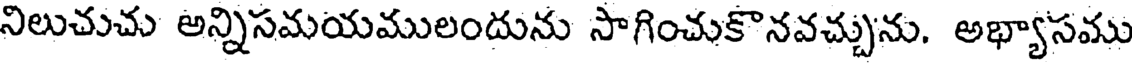
నిలుచుచు అన్నిసమయములందును సాగించుకొనవచ్చును. అభ్యాసము